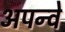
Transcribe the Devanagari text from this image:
अपन्वे